Leaving Certificate Examination (including Day School Certificate (Higher) General paper), 1932
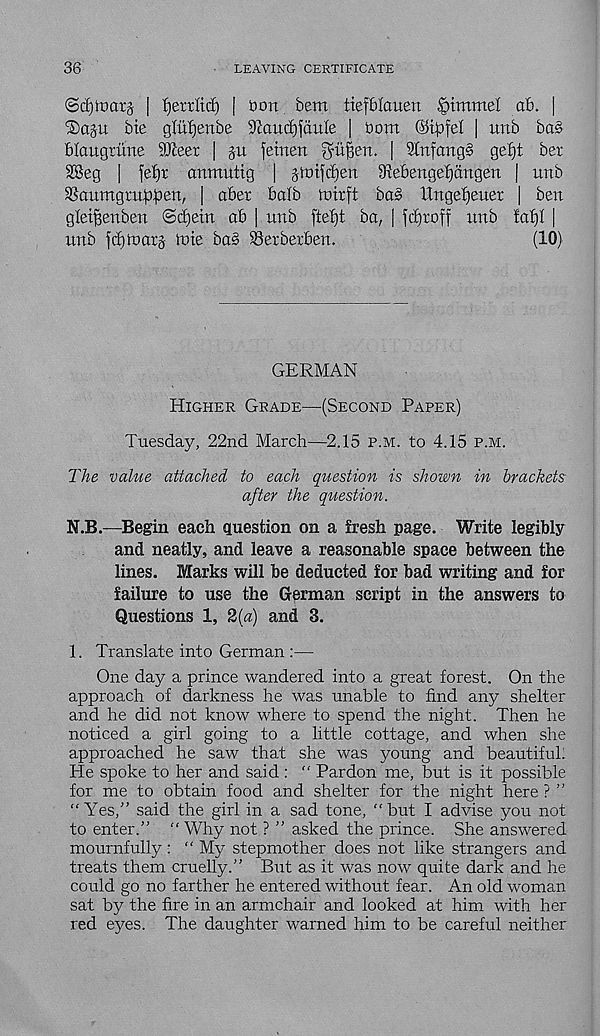
36
LEAVING CERTIFICATE
@c£)i:t>atg | fjerrltd) | bon. bem tiefblanen §immel ah. |
®agu bie gliifjenbe ^autfijdnle | bom @tpfel | unb ba§
blaugriine SKeer | gn fetnen gu^en. | 2tnfang§ get)t ber
SKeg [ fet)r anmntig ) ■> s ‘mi\d)en 9^ebengei)dngen | unb
SSaumgmppen, | abet balb toirft bo§ lXngeI)euer | ben
glet^enben @d)etn ah \ unb ftefjt ba, | fcutoff unb faX)I |
unb fd)U)arg lute ba§ Serberben.
(10)
GERMAN
Higher Grade—(Second Paper)
Tuesday, 22nd March—2.15 p.m. to 4.15 p.m.
The value attached to each question is shown in brackets
after the question.
N.B.—Begin each question on a fresh page. Write legibly
and neatly, and leave a reasonable space between the
lines. Marks will be deducted for bad writing and for
failure to use the German script in the answers to
Questions 1, 2(a) and 3.
1. Translate into German :—
One day a prince wandered into a great forest. On the
approach of darkness he was unable to find any shelter
and he did not know where to spend the night. Then he
noticed a girl going to a little cottage, and when she
approached he saw that she was young and beautiful.
He spoke to her and said : “ Pardon me, but is it possible
for me to obtain food and shelter for the night here ? ”
“Yes,” said the girl in a sad tone, “but I advise you not
to enter.” “ Why not ? ” asked the prince. She answered
mournfully: “ My stepmother does not like strangers and
treats them cruelly.” But as it was now quite dark and he
could go no farther he entered without fear. An old woman
sat by the fire in an armchair and looked at him with her
red eyes. The daughter warned him to be careful neither